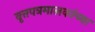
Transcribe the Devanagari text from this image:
वृत्तपत्रमालकांच्या